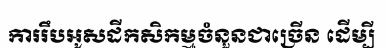
ការរឹបអូសដីកសិកម្មចំនួនជាច្រើន ដើម្បី